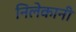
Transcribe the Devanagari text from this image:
निलेकानी